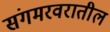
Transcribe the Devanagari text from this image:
संगमरवरातील